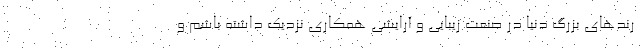
رندهای بزرگ دنیا در صنعت زیبایی و آرایشی همکاری نزدیک داشته باشم و